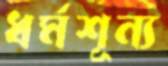
ধর্মশূন্য